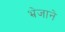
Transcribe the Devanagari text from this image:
भ्रेजाने